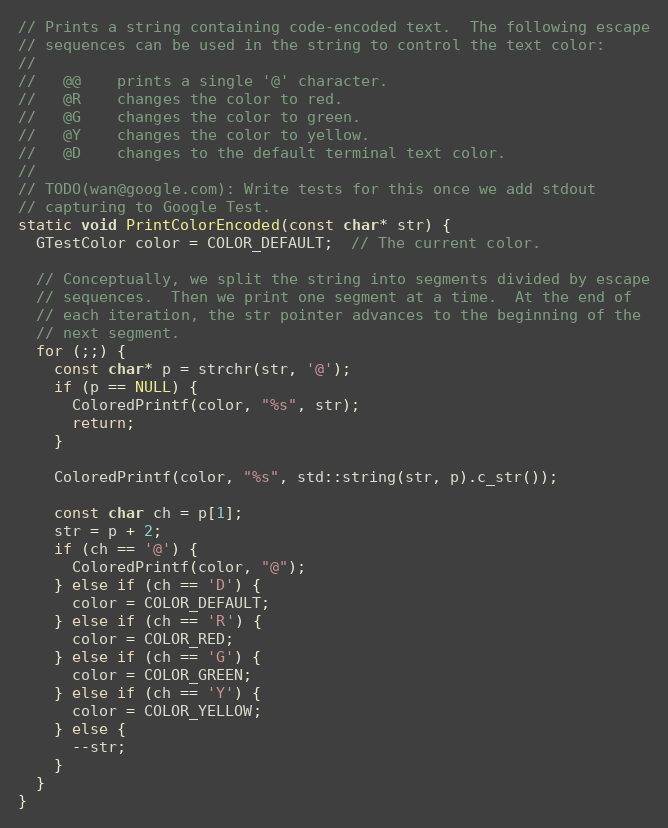
Language: C++
// Prints a string containing code-encoded text.  The following escape
// sequences can be used in the string to control the text color:
//
//   @@    prints a single '@' character.
//   @R    changes the color to red.
//   @G    changes the color to green.
//   @Y    changes the color to yellow.
//   @D    changes to the default terminal text color.
//
// TODO(wan@google.com): Write tests for this once we add stdout
// capturing to Google Test.
static void PrintColorEncoded(const char* str) {
  GTestColor color = COLOR_DEFAULT;  // The current color.

  // Conceptually, we split the string into segments divided by escape
  // sequences.  Then we print one segment at a time.  At the end of
  // each iteration, the str pointer advances to the beginning of the
  // next segment.
  for (;;) {
    const char* p = strchr(str, '@');
    if (p == NULL) {
      ColoredPrintf(color, "%s", str);
      return;
    }

    ColoredPrintf(color, "%s", std::string(str, p).c_str());

    const char ch = p[1];
    str = p + 2;
    if (ch == '@') {
      ColoredPrintf(color, "@");
    } else if (ch == 'D') {
      color = COLOR_DEFAULT;
    } else if (ch == 'R') {
      color = COLOR_RED;
    } else if (ch == 'G') {
      color = COLOR_GREEN;
    } else if (ch == 'Y') {
      color = COLOR_YELLOW;
    } else {
      --str;
    }
  }
}